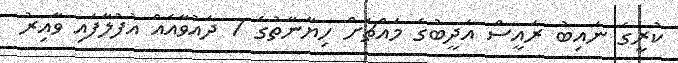
ކުރީގެ ނައިބު ރައީސް އަދީބުގެ މައްޗަށް ހިޔާނާތުގެ 7 ދައުވާއެއް އުފުލާފައި ވާއިރު